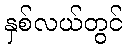
နှစ်လယ်တွင်